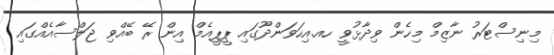
މިނިސްޓަރު ނާޒިމް މިހެން ވިދާޅުވީ ހއ.އިހަވަންދޫގައި ޕީޕީއެމް އިން ރޭ ބޭއްވި ޖަލްސާއެއްގައި